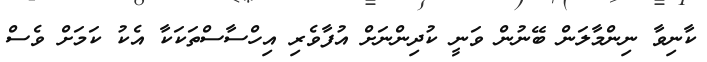
ކާނިވާ ނިންމާލަން ބޭނުން ވަނީ ކުދިންނަށް އުފާވެރި އިހްސާސްތަކަކާ އެކު ކަމަށް ވެސް